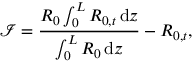
\mathcal { I } = \frac { R _ { 0 } \int _ { 0 } ^ { L } R _ { 0 , t } \, \mathrm { d } z } { \int _ { 0 } ^ { L } R _ { 0 } \, \mathrm { d } z } - R _ { 0 , t } ,